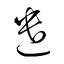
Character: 遣